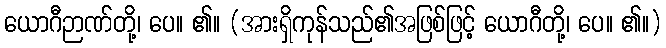
ယောဂီဉာဏ်တို့၊ ပေ။ ၏။ (အားရှိကုန်သည်၏အဖြစ်ဖြင့် ယောဂီတို့၊ ပေ။ ၏။)